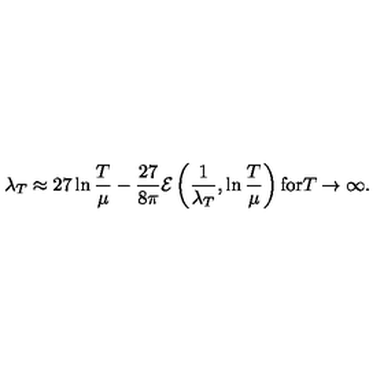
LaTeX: \lambda _ { T } \approx 2 7 \ln \frac { T } { \mu } - \frac { 2 7 } { 8 \pi } { \cal E } \left( \frac { 1 } { \lambda _ { T } } , \ln \frac { T } { \mu } \right) \mathrm { f o r } T \rightarrow \infty .